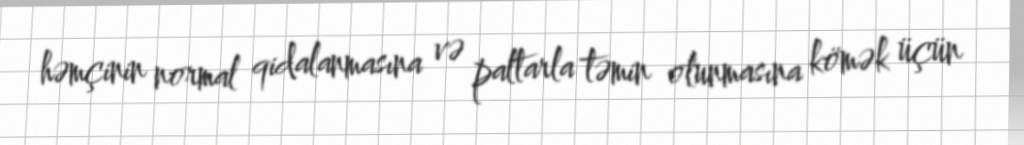
həmçinin normal qidalanmasına və paltarla təmin olunmasına kömək üçün